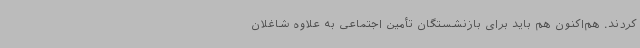
کردند. هم‌اکنون هم باید برای بازنشستگان تأمین اجتماعی به علاوه شاغلان